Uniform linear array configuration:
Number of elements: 12
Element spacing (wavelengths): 0.75
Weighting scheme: hann
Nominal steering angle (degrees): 15
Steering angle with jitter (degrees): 16.131
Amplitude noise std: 0.05
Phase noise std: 0.05

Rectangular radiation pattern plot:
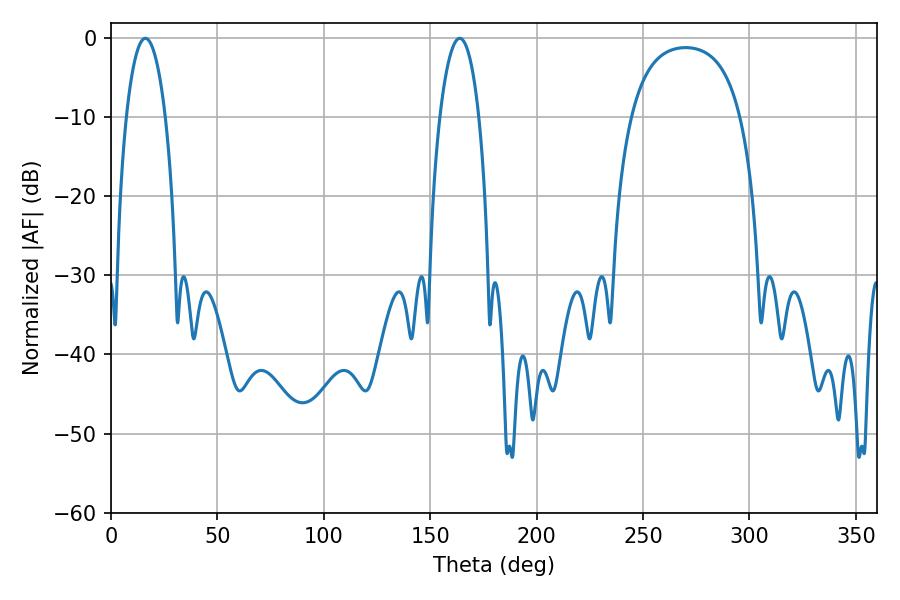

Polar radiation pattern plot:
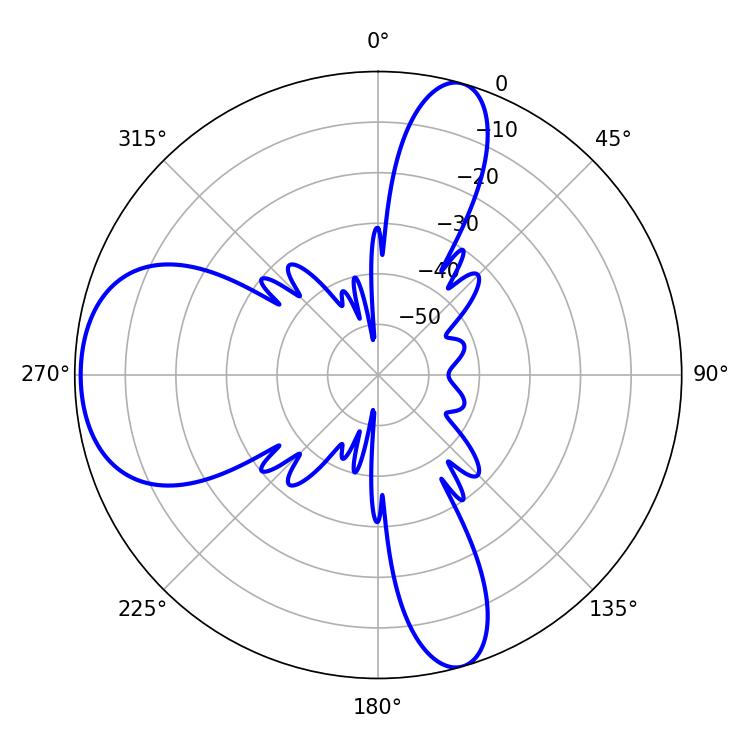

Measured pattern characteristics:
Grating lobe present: TRUE
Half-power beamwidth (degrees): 10.44
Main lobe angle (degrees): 16.2